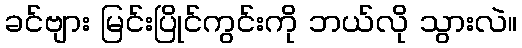
ခင်ဗျား မြင်းပြိုင်ကွင်းကို ဘယ်လို သွားလဲ။